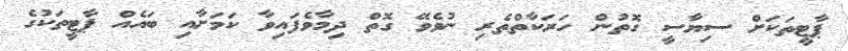
ޕާޓީތަކަށް ސިޔާސީ ގޮތުން ހަރަކާތްތެރި ނުވެވޭ ގޮތް ދިމާވެފައިވާ ކަމަށާއި ބައެއް ޕާޓީތަކުގެ